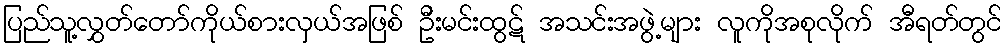
ပြည်သူ့လွှတ်တော်ကိုယ်စားလှယ်အဖြစ် ဦးမင်းထွဋ် အသင်းအဖွဲ့များ လူကိုအစုလိုက် အီရတ်တွင်